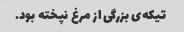
تیکه‌ی بزرگی از مرغ نپخته بود.